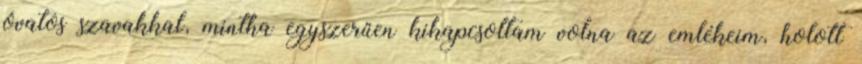
óvatos szavakkal, mintha egyszerűen kikapcsoltam volna az emlékeim, holott